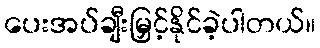
ပေးအပ်ချီးမြှင့်နိုင်ခဲ့ပါတယ်။